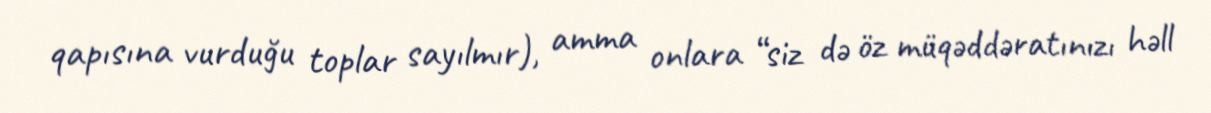
qapısına vurduğu toplar sayılmır), amma onlara “siz də öz müqəddəratınızı həll